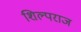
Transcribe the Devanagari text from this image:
शिल्पराज